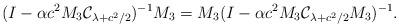
LaTeX: \begin{align*} (I - \alpha c^2 M_3 \mathcal{C}_{\lambda + c^2 / 2} )^{-1} M_3 = M_3 ( I - \alpha c^2 M_3 \mathcal{C}_{\lambda + c^2 / 2} M_3)^{-1}.\end{align*}